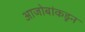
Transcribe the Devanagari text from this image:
आजोबांकडून